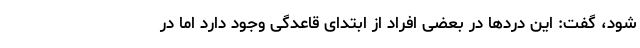
شود، گفت: این دردها در بعضی افراد از ابتدای قاعدگی وجود دارد اما در